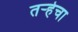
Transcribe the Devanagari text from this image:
तर्‍हेचा